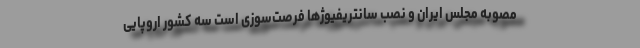
مصوبه مجلس ایران و نصب سانتریفیوژها فرصت‌سوزی است سه کشور اروپایی